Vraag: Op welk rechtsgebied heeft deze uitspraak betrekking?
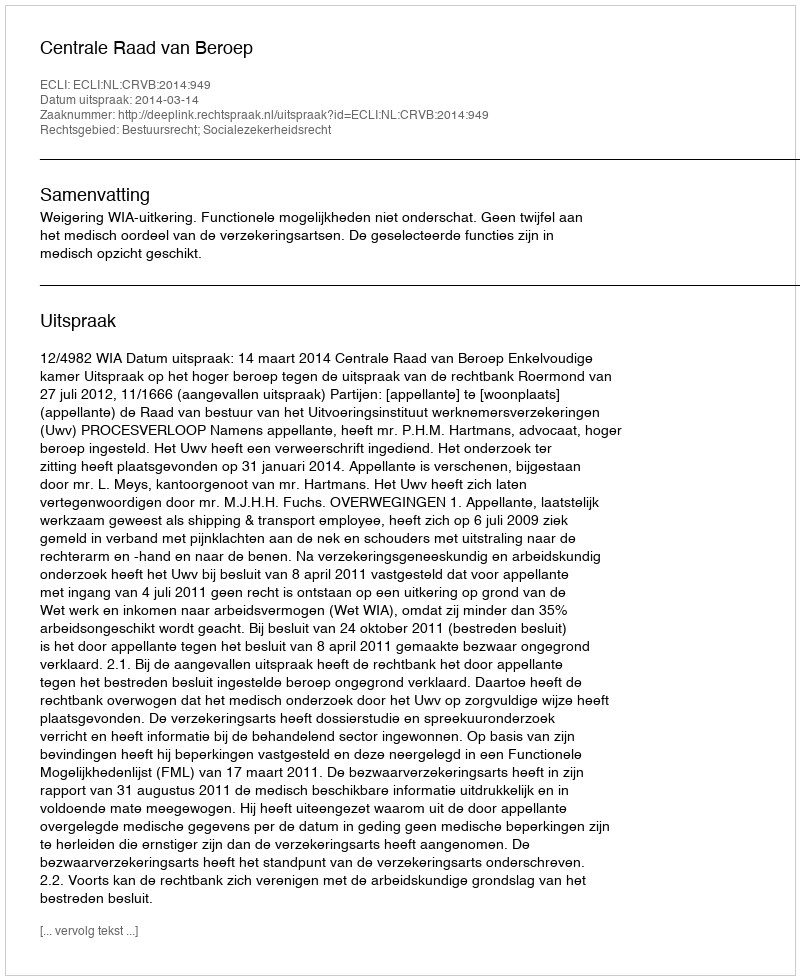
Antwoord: Bestuursrecht; Socialezekerheidsrecht